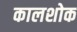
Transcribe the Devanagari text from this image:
कालशोक